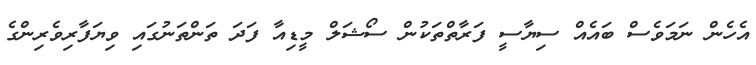
އެހެން ނަމަވެސް ބައެއް ސިޔާސީ ފަރާތްތަކުން ސޯޝަލް މީޑިއާ ފަދަ ތަންތަނުގައި ވިޔަފާރިވެރިންގެ